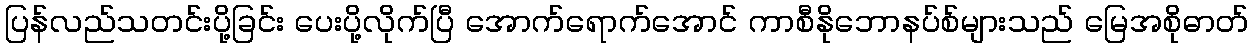
ပြန်လည်သတင်းပို့ခြင်း ပေးပို့လိုက်ပြီ အောက်ရောက်အောင် ကာစီနိုဘောနပ်စ်များသည် မြေအစိုဓာတ်